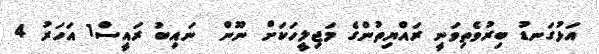
އަޅުގަނޑު ބިރުވެތިވަނީ ރައްޔިތުންގެ މަޖިލީހަކަށް ނޫން  ނައިބު ރައީސް1 އަހަރު 4